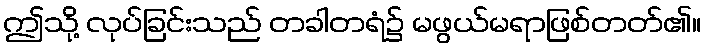
ဤသို့ လုပ်ခြင်းသည် တခါတရံ၌ မဖွယ်မရာဖြစ်တတ်၏။